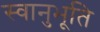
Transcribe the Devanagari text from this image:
स्‍वानुभूति